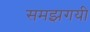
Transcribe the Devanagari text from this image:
समझगयी